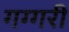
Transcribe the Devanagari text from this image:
गग्गरी